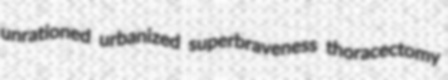
unrationed urbanized superbraveness thoracectomy